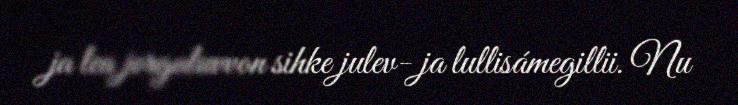
ja lea jorgaluvvon sihke julev- ja lullisámegillii. Nu